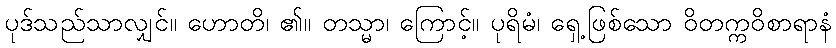
ပုဒ်သည်သာလျှင်။ ဟောတိ၊ ၏။ တသ္မာ၊ ကြောင့်။ ပုရိမံ၊ ရှေ့ဖြစ်သော ဝိတက္ကဝိစာရာနံ